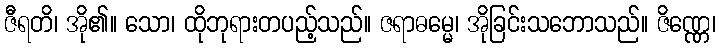
ဇီရတိ၊ အို၏။ သော၊ ထိုဘုရားတပည့်သည်။ ဇရာဓမ္မေ၊ အိုခြင်းသဘောသည်။ ဇိဏ္ဏေ၊